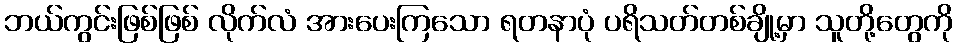
ဘယ်ကွင်းဖြစ်ဖြစ် လိုက်လံ အားပေးကြသော ရတနာပုံ ပရိသတ်တစ်ချို့မှာ သူတို့တွေကို